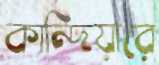
কান্দিয়ারে